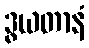
ဒွယတာနံ